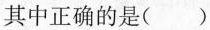
其中正确的是()